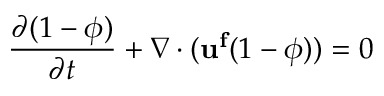
\frac { \partial ( 1 - \phi ) } { \partial t } + \nabla \cdot ( \mathbf { u ^ { f } } ( 1 - \phi ) ) = 0